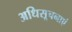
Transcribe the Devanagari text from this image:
अधिसूचनाएं